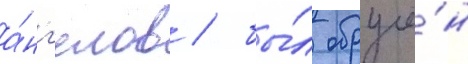
а́нг'елов / бы́л обручё́н